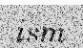
ism